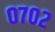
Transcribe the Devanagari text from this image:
०७०२